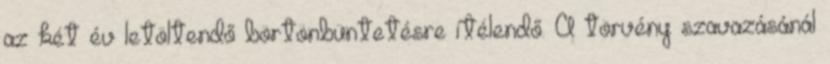
az két év letöltendő börtönbüntetésre ítélendő. A törvény szavazásánál